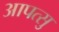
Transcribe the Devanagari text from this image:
आपत्सु